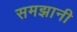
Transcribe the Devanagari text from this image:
समझानी